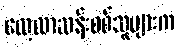
လေ့လာဆန်းစစ်သူများက